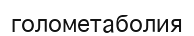
голометаболия